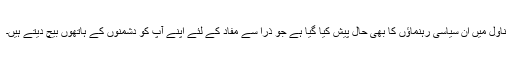
ناول میں ان سیاسی رہنماؤں کا بھی حال پیش کیا گیا ہے جو ذرا سے مفاد کے لئے اپنے آپ کو دشمنوں کے ہاتھوں بیچ دیتے ہیں۔